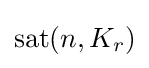
\operatorname {sat} (n,K_{r})